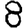
Digit: 8